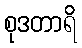
စုဒတာရိ